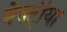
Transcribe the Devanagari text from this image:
बैक्ट्रीया